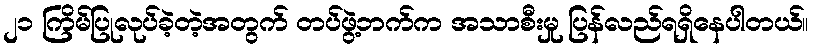
၂၁ ကြိမ်ပြုလုပ်ခဲ့တဲ့အတွက် တပ်ဖွဲ့ဘက်က အသာစီးမှု ပြန်လည်ရရှိနေပါတယ်။